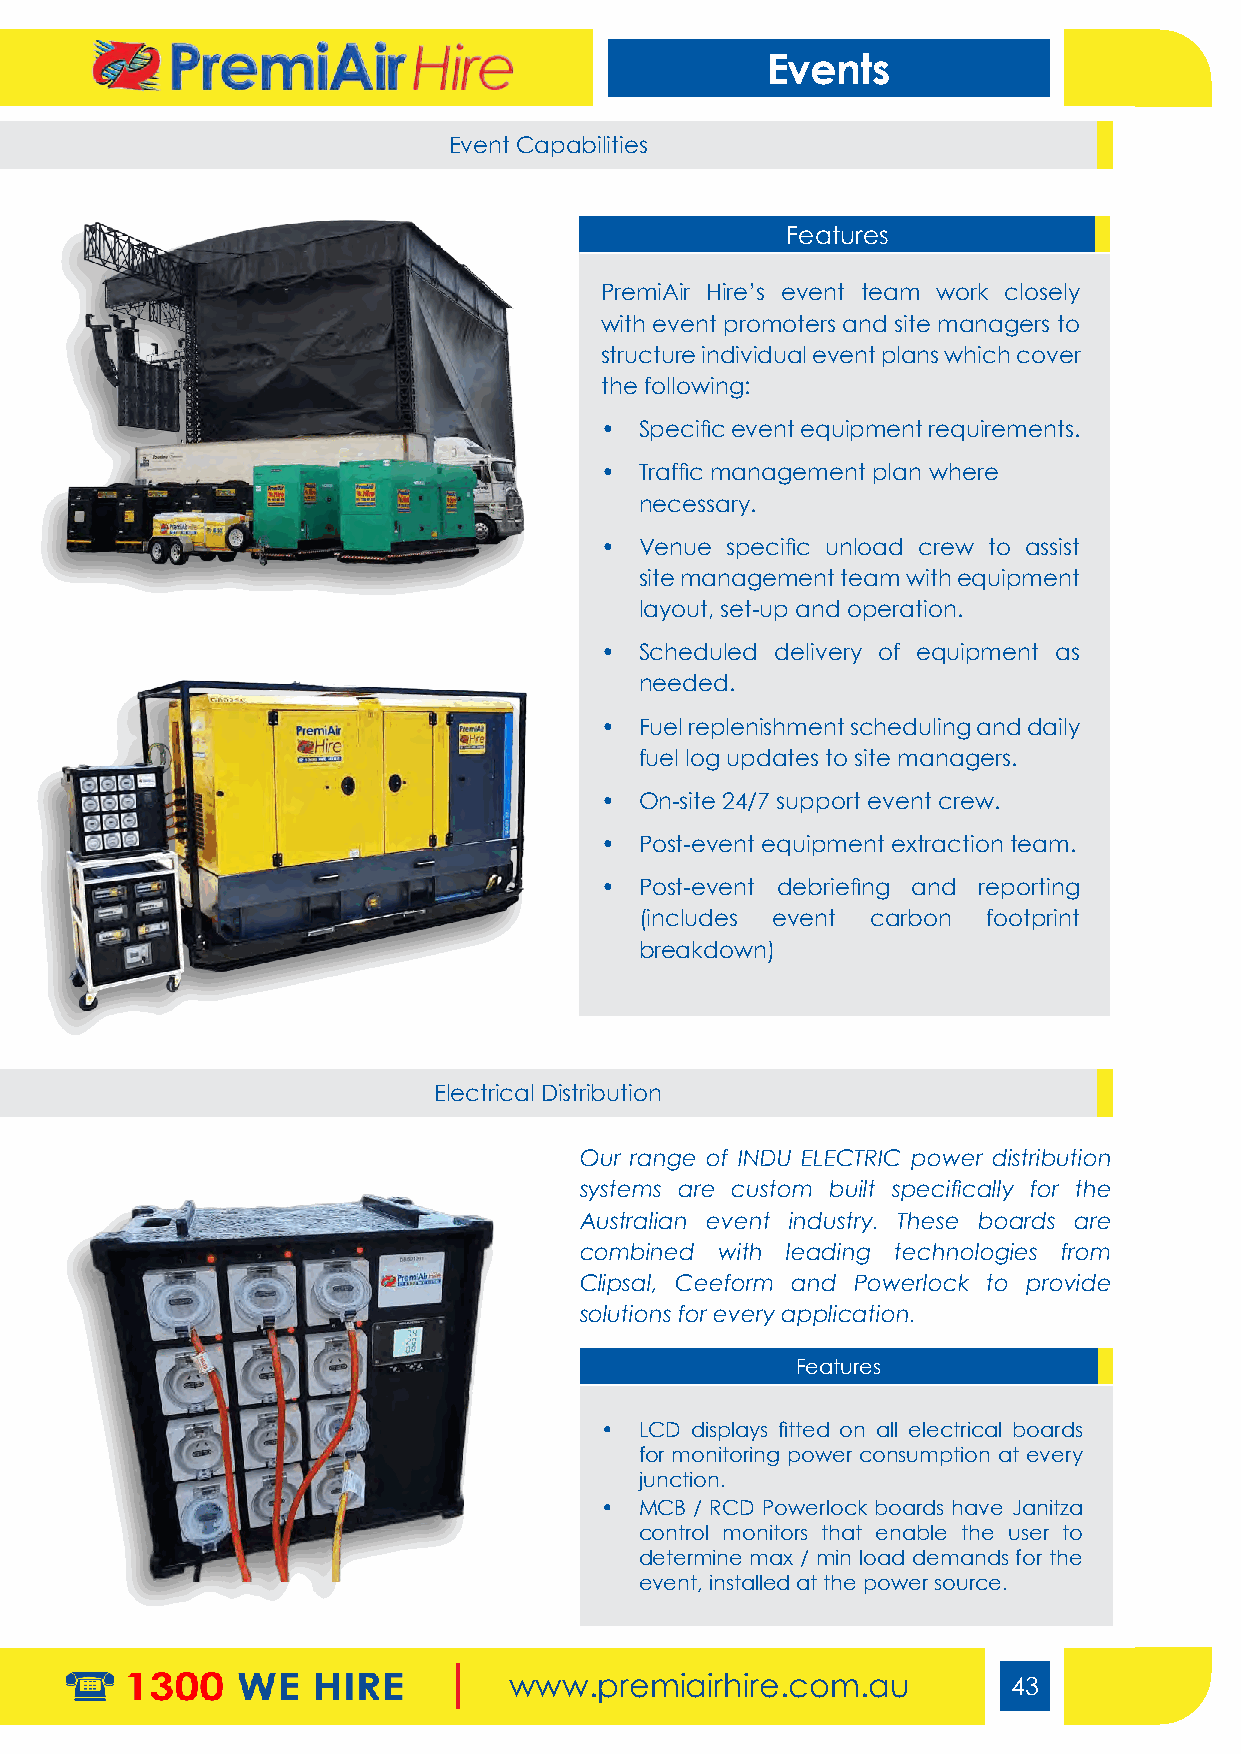
Events
 Event Capabilities
 Features
 PremiAir Hire’s event team work closely
 with event promoters and site managers to
 structure individual event plans which cover
 the following:
 • Specific event equipment requirements.
 • Traffic management plan where
 necessary.
 • Venue specific unload crew to assist
 site management team with equipment
 layout, set-up and operation.
 • Scheduled delivery of equipment as
 needed.
 • Fuel replenishment scheduling and daily
 fuel log updates to site managers.
 • On-site 24/7 support event crew.
 • Post-event equipment extraction team.
 • Post-event debriefing and reporting
 (includes event carbon footprint
 breakdown)
 Electrical Distribution
 Our range of INDU ELECTRIC power distribution
 systems are custom built specifically for the
 Australian event industry. These boards are
 combined  with leading technologies from
 Clipsal, Ceeform and Powerlock to provide
 solutions for every application.
 Features
 • LCD displays fitted on all electrical boards
 for monitoring power consumption at every
 junction.
 • MCB / RCD Powerlock boards have Janitza
 control monitors that enable the user to
 determine max / min load demands for the
 event, installed at the power source.
 www.premiairhire.com.au          43